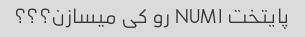
پایتخت NUM۱ رو کی میسازن؟؟؟